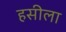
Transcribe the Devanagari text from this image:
हसीला